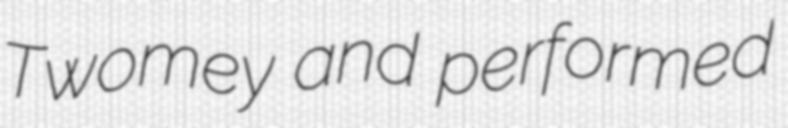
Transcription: Twomey and performed